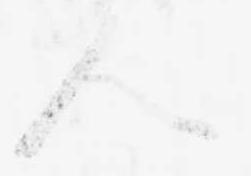
人